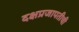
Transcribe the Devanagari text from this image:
दक्षप्रजापतीची